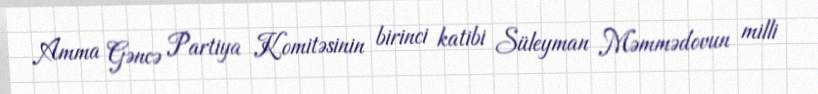
Amma Gəncə Partiya Komitəsinin birinci katibi Süleyman Məmmədovun milli